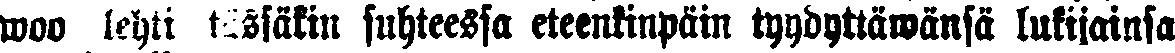
woo lehti tässäkin suhteessa eteenkinpäin tyydyttäwänsä lukijainsa